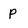
Character: P